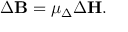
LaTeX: \Delta \mathbf { B } = \mu _ { \Delta } \Delta \mathbf { H } .